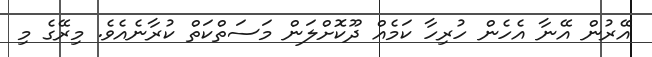
އޭރުން އޭނާ އެހެން ހުރިހާ ކަމެއް ދޫކޮށްލަން މަސަތްކަތް ކުރާނެއެވެ. މިރޭގެ މި